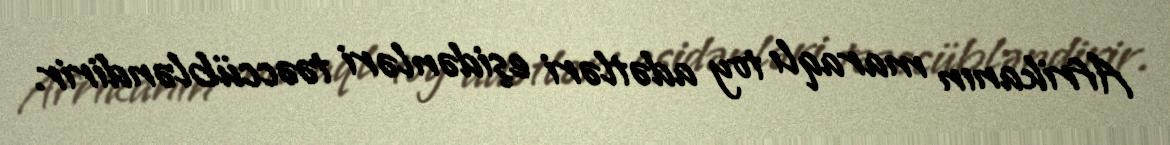
Afrikanın maraqlı toy adətləri eşidənləri təəccübləndirir.